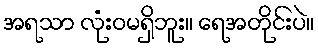
အရသာ လုံးဝမရှိဘူး။ ရေအတိုင်းပဲ။